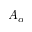
A _ { \alpha }